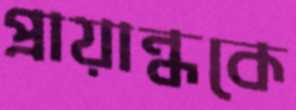
প্রায়ান্ধকে